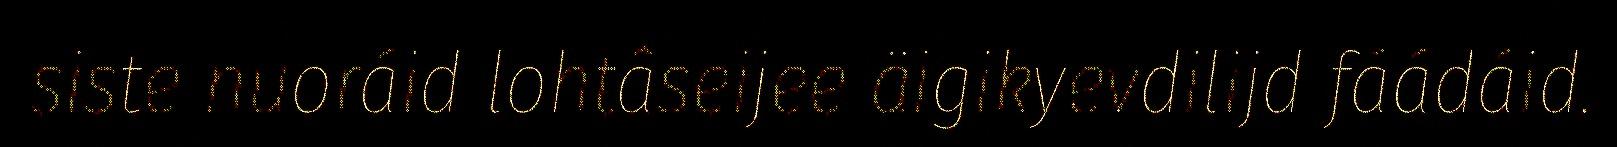
siste nuoráid lohtâseijee äigikyevdilijd fáádáid.